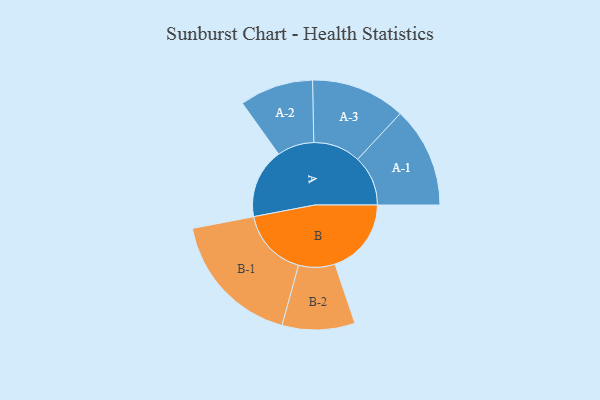
{"axis": {"x": "Segment", "y": "Value"}, "legend": ["", "A", "B"], "data": [{"x": "A", "y": 290, "type": ""}, {"x": "B", "y": 317, "type": ""}, {"x": "A-1", "y": 209, "type": "A"}, {"x": "A-2", "y": 153, "type": "A"}, {"x": "A-3", "y": 196, "type": "A"}, {"x": "B-1", "y": 284, "type": "B"}, {"x": "B-2", "y": 151, "type": "B"}]}